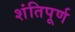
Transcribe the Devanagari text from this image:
शंतिपूर्ण